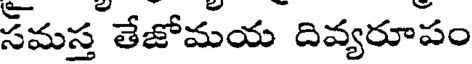
సమస్త తేజోమయ దివ్యరూపం